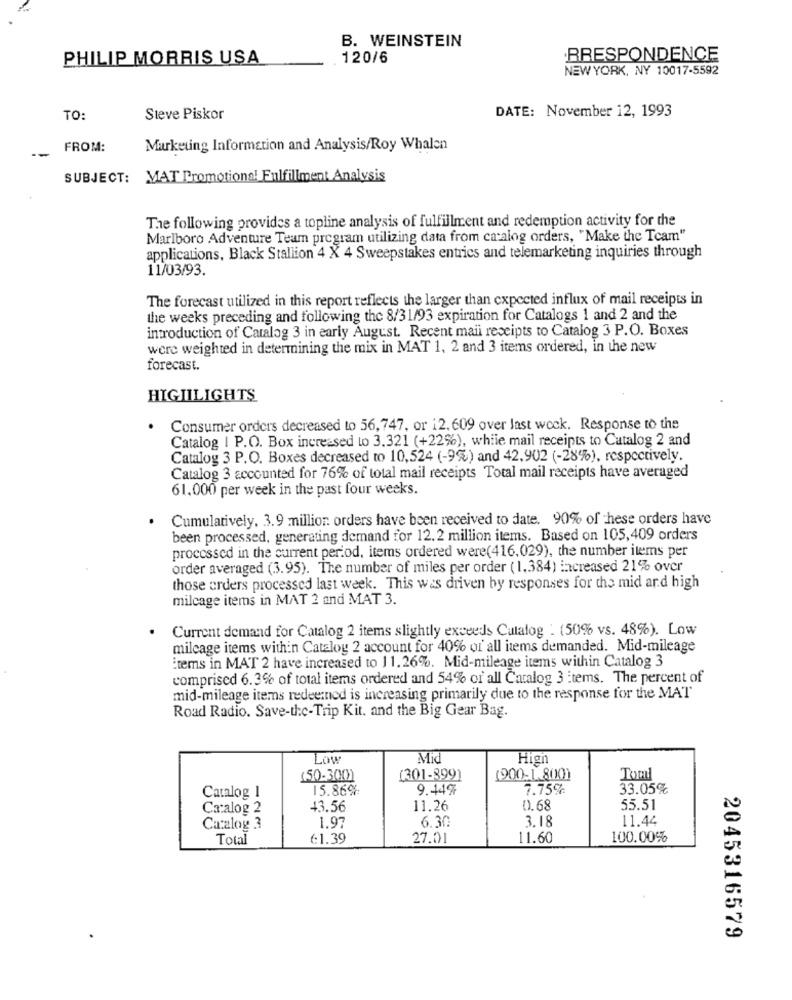
B. WEINSTEIN
PHILIP MORRIS USA
120/6
·BRESPONDENCE
NEW YORK, NY 10017-5592
DATE: November 12, 1993
TO:
Steve Piskor
--
FROM:
Marketing Information and Analysis/Roy Whalen
SUBJECT: MAT Promotional Fulfillment Analysis
The following provides a topline analysis of fulfillment and redemption activity for the
Marlboro Adventure Team program utilizing data from catalog orders, "Make the Team"
applications, Black Stallion 4 X 4 Sweepstakes entrics and telemarketing inquiries through
11/03/93.
The forecast utilized in this report reflects the larger than expected influx of mail receipts in
the weeks preceding and following the 8/31/93 expiration for Catalogs 1 and 2 and the
introduction of Catalog 3 in early August. Recent mail receipts to Catalog 3 P.O. Boxes
were weighted in determining the mix in MAT 1, 2 and 3 items ordered, in the new
forecast.
HIGIILIGHTS
Consumer orders decreased to 56,747, or 12.609 over last weck. Response to the
Catalog | P.O. Box increased to 3.321 (+22%), while mail receipts to Catalog 2 and
Catalog 3 P.O. Boxes decreased to 10,524 (-9%) and 42,902 (-28%), respectively.
Catalog 3 accounted for 76% of total mail receipts Total mail receipts have averaged
61.000 per week in the past four weeks.
Cumulatively. 3.9 million orders have been received to date. 90% of these orders have
been processed, generating demand for 12.2 million items. Based on 105,409 orders
processed in the current period, items ordered were(416.029), the number items per
order averaged (3.95). The number of miles per order (1,384) increased 21% over
those orders processed last week. This was driven by responses for the mid and high
mileage items in MAT 2 and MAT 3.
Current demand for Catalog 2 items slightly exceeds Catalog . (50% vs. 48%). Low
mileage items within Catalog 2 account for 40% of all items demanded. Mid-mileage
items in MAT 2 have increased to 11.26%. Mid-mileage items within Catalog 3
comprised 6.3% of total items ordered and 54% of all Catalog 3 items. The percent of
mid-mileage items redeemnod is increasing primarily due to the response for the MAT
Road Radio. Save-the-Trip Kit, and the Big Gear Bag.
Low
Mid
High
(50-300))
(301-899)
(900-1.800)
Toml
15.86%
9.44%
7.75%
33.05%
Catalog 1
Catalog 2
43.56
11.26
0.68
55.51
3.18
11.42
Catalog 3
1.97
6.30
Total
€1.39
27.01
11.60
100.00%
2045316579